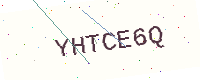
Text: YHTCE6Q